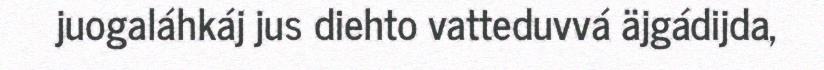
juogaláhkáj jus diehto vatteduvvá äjgádijda,